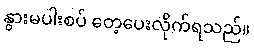
နွားမပါးစပ် တေ့ပေးလိုက်ရသည်။